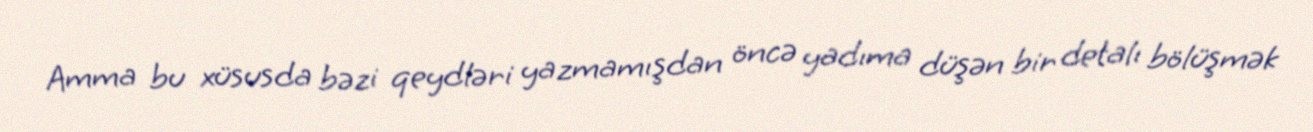
Amma bu xüsusda bəzi qeydləri yazmamışdan öncə yadıma düşən bir detalı bölüşmək